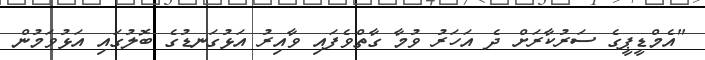
"އެމްޑީޕީގެ ސަރުކާރަށް ދެ އަހަރު ވުމާ ގާތްވެފައި ވާއިރު އަޅުގަނޑުގެ ބޮލުގައި އަޅުވަމުން